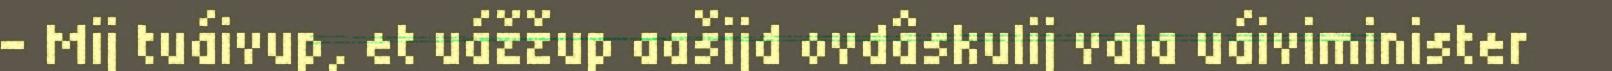
– Mij tuáivup, et uážžup aašijd ovdâskulij vala uáiviminister